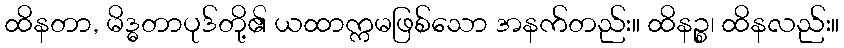
ထိနတာ, မိဒ္ဓတာပုဒ်တို့၏ ယထာက္ကမဖြစ်သော အနက်တည်း။ ထိနဉ္စ၊ ထိနလည်း။